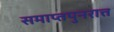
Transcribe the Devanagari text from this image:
समाप्तपुनरात्त